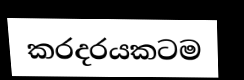
කරදරයකටම